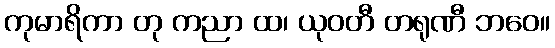
ကုမာရိကာ တု ကညာ ထ၊ ယုဝတီ တရုဏီ ဘဝေ။